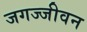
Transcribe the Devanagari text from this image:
जगज्जीवन